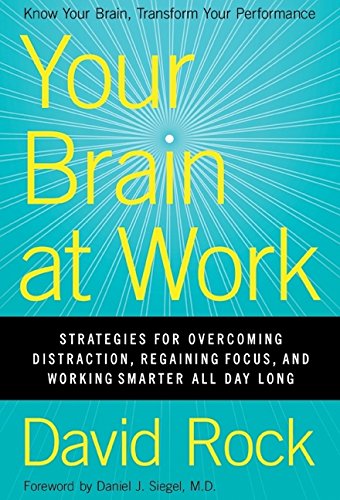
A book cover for Your Brain at Work: Strategies for Overcoming Distraction, Regaining Focus, and Working Smarter All Day Long; David Rock; Self-Help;